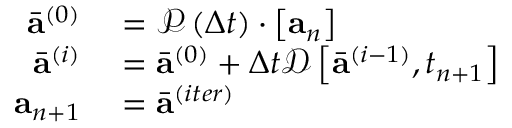
\begin{array} { r } { \begin{array} { r l } { \bar { \mathbf { a } } ^ { ( 0 ) } } & { { } = \mathcal { P } \left( \Delta t \right) \cdot \left[ \mathbf { a } _ { n } \right] } \\ { \bar { \mathbf { a } } ^ { ( i ) } } & { { } = \bar { \mathbf { a } } ^ { ( 0 ) } + \Delta t \mathcal { D } \left[ \bar { \mathbf { a } } ^ { ( i - 1 ) } , t _ { n + 1 } \right] } \\ { \mathbf { a } _ { n + 1 } } & { { } = \bar { \mathbf { a } } ^ { ( i t e r ) } } \end{array} } \end{array}